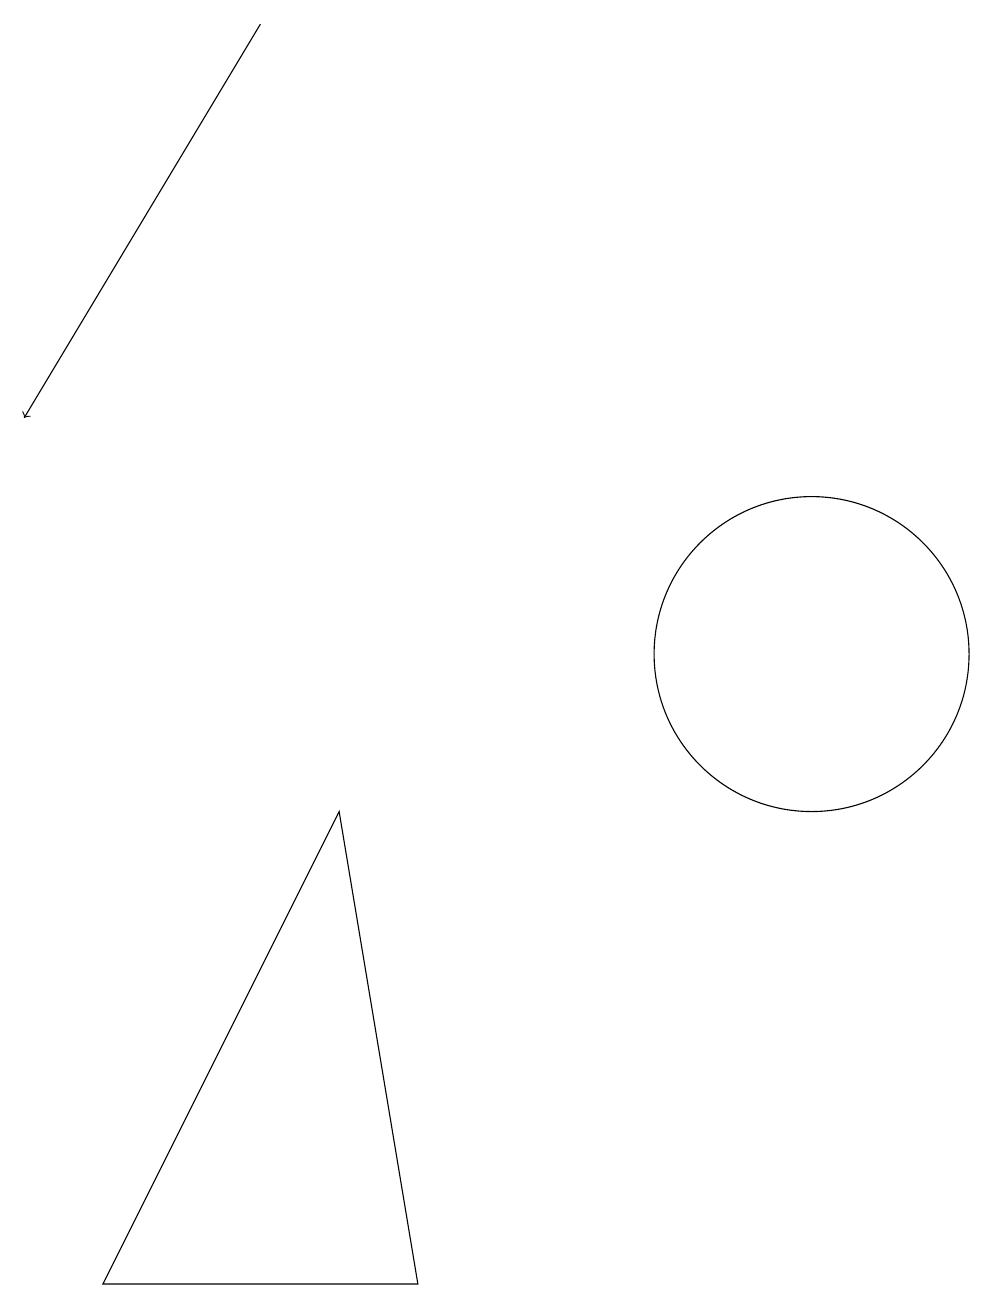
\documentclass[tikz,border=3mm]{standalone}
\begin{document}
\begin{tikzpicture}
\draw[->] (3,18) -- (0,13);
\draw (4,8) -- (5,2) -- (1,2) -- cycle;
\draw (10,10) circle (2);
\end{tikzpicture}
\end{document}